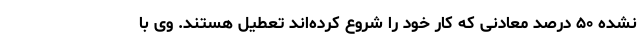
نشده ۵۰ درصد معادنی که کار خود را شروع کرده‌اند تعطیل هستند. وی با